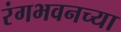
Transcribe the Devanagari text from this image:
रंगभवनच्या